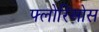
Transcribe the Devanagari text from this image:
फ्लोरिओस